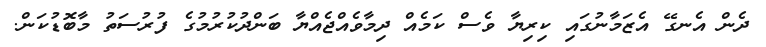
ދެން އެނގޭ އެޒަމާނުގައި ކިރިޔާ ވެސް ކަމެއް ދިމާވެއްޖެއްޔާ ބަންދުކުރުމުގެ ފުރުސަތު މާބޮޑުކަން.